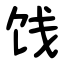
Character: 饯